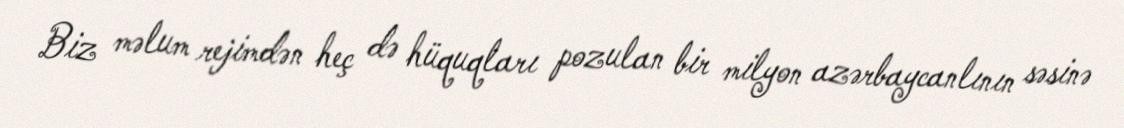
Biz məlum rejimdən heç də hüquqları pozulan bir milyon azərbaycanlının səsinə